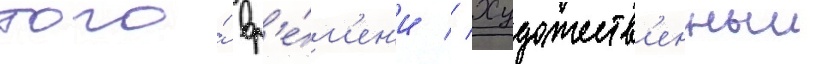
того́ вр'е́м'ен'и // Художеств'енныи